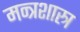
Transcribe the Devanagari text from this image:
मन्त्रशास्त्र